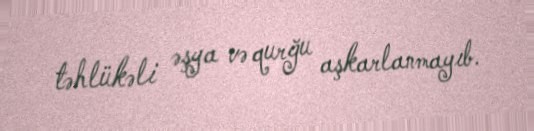
təhlükəli əşya və qurğu aşkarlanmayıb.